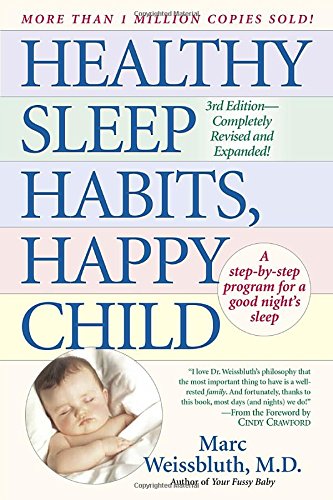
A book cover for Healthy Sleep Habits, Happy Child; Marc Weissbluth M.D.; Parenting & Relationships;